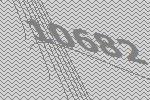
10682